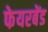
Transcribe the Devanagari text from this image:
फेयरबेंड